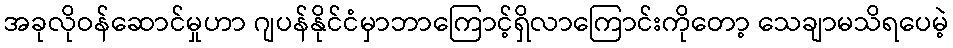
အခုလိုဝန်ဆောင်မှုဟာ ဂျပန်နိုင်ငံမှာဘာကြောင့်ရှိလာကြောင်းကိုတော့ သေချာမသိရပေမဲ့